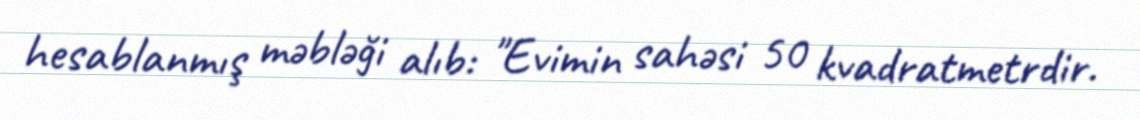
hesablanmış məbləği alıb: "Evimin sahəsi 50 kvadratmetrdir.